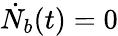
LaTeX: \dot{N}_{b}(t)=0